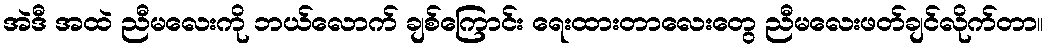
အဲဒီ အထဲ ညီမလေးကို ဘယ်လောက် ချစ်ကြောင်း ရေးထားတာလေးတွေ ညီမလေးဖတ်ချင်လိုက်တာ။